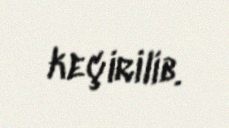
keçirilib.